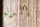
الدنيا